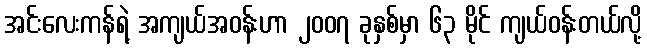
အင်းလေးကန်ရဲ့ အကျယ်အဝန်းဟာ ၂၀၀၇ ခုနှစ်မှာ ၆၃ မိုင် ကျယ်ဝန်းတယ်လို့